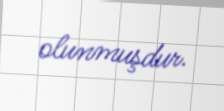
olunmuşdur.